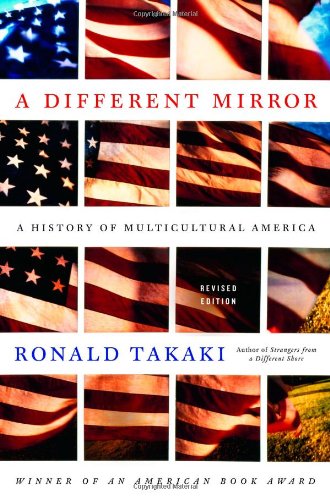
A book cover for A Different Mirror: A History of Multicultural America; Ronald Takaki; History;